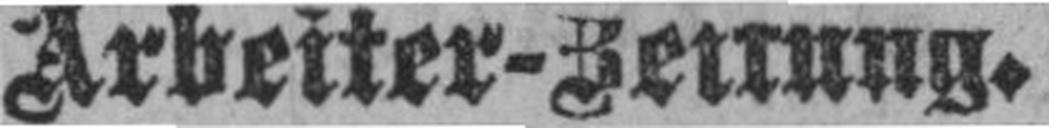
Arbeiter-Zeitung.